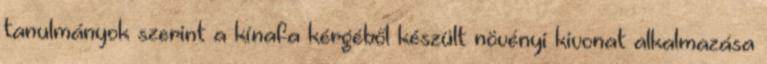
tanulmányok szerint a kínafa kérgéből készült növényi kivonat alkalmazása